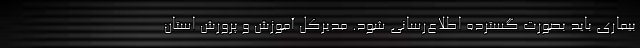
بیماری باید بصورت گسترده اطلاع‌رسانی شود. مدیرکل آموزش و پرورش استان